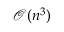
\mathcal { O } ( n ^ { 3 } )